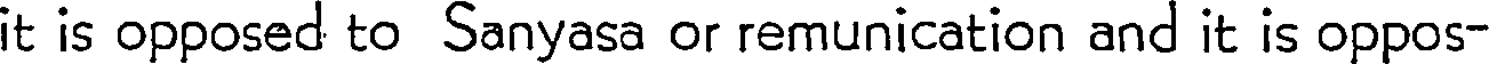
it is opposed to Sanyasa or remunication and it is oppos-